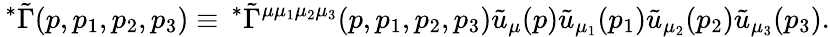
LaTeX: \, ^{\ast}\tilde{\Gamma}(p,p_{1},p_{2},p_{3})\equiv\, ^{\ast}\tilde{\Gamma}^{\mu\mu_{1}\mu_{2}\mu_{3}}(p,p_{1},p_{2},p_{3})\tilde{u}_{\mu}(p)\tilde{u}_{{\mu}_{1}}(p_{1})\tilde{u}_{{\mu}_{2}}(p_{2})\tilde{u}_{{\mu}_{3}}(p_{3}).